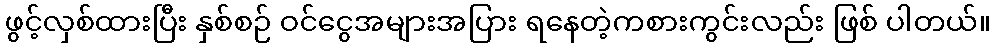
ဖွင့်လှစ်ထားပြီး နှစ်စဉ် ဝင်ငွေအများအပြား ရနေတဲ့ကစားကွင်းလည်း ဖြစ် ပါတယ်။